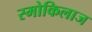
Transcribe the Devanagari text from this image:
स्मोकिलाज